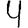
Digit: 4